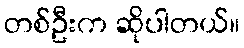
တစ်ဦးက ဆိုပါတယ်။